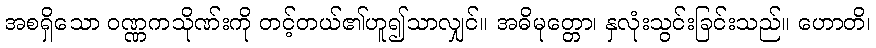
အစရှိသော ဝဏ္ဏကသိုဏ်းကို တင့်တယ်၏ဟူ၍သာလျှင်။ အဓိမုတ္တော၊ နှလုံးသွင်းခြင်းသည်။ ဟောတိ၊